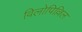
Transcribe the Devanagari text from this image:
विलोपिल्लिल